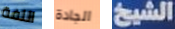
اللفة الجادة الشيخ